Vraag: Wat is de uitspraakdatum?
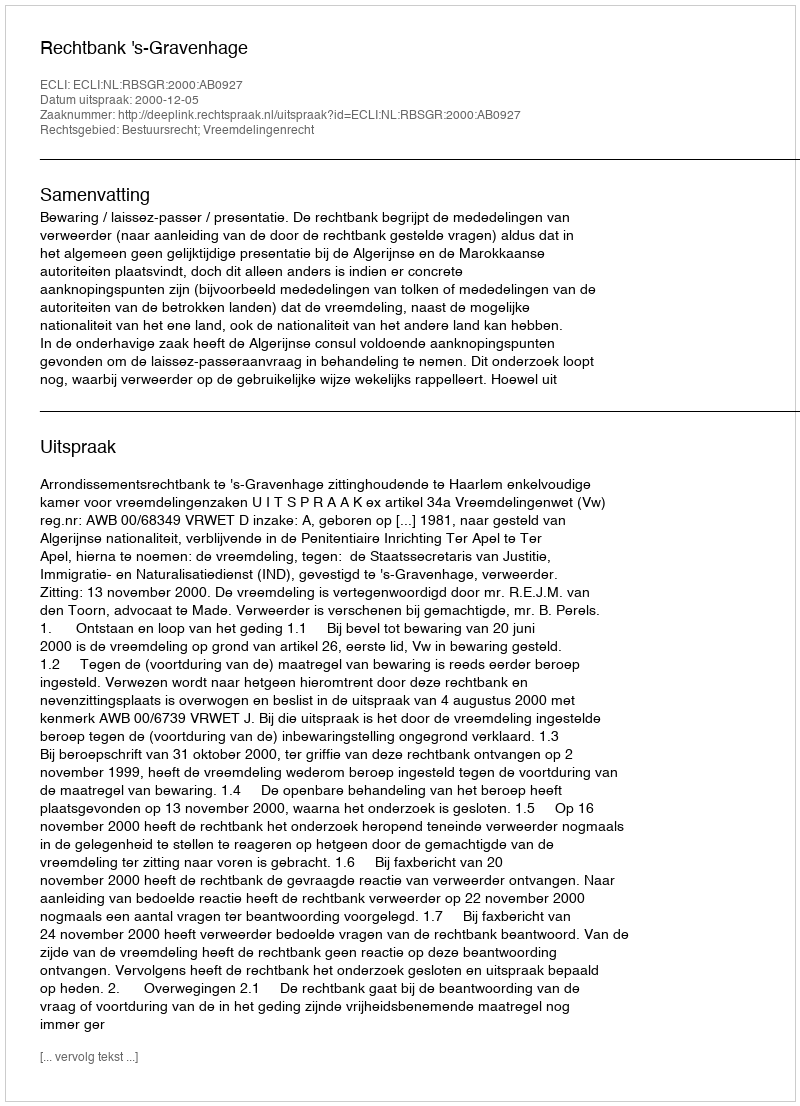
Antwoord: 2000-12-05